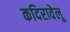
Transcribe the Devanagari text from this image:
कदिरावेलू